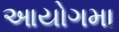
આયોગમા